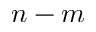
n - m